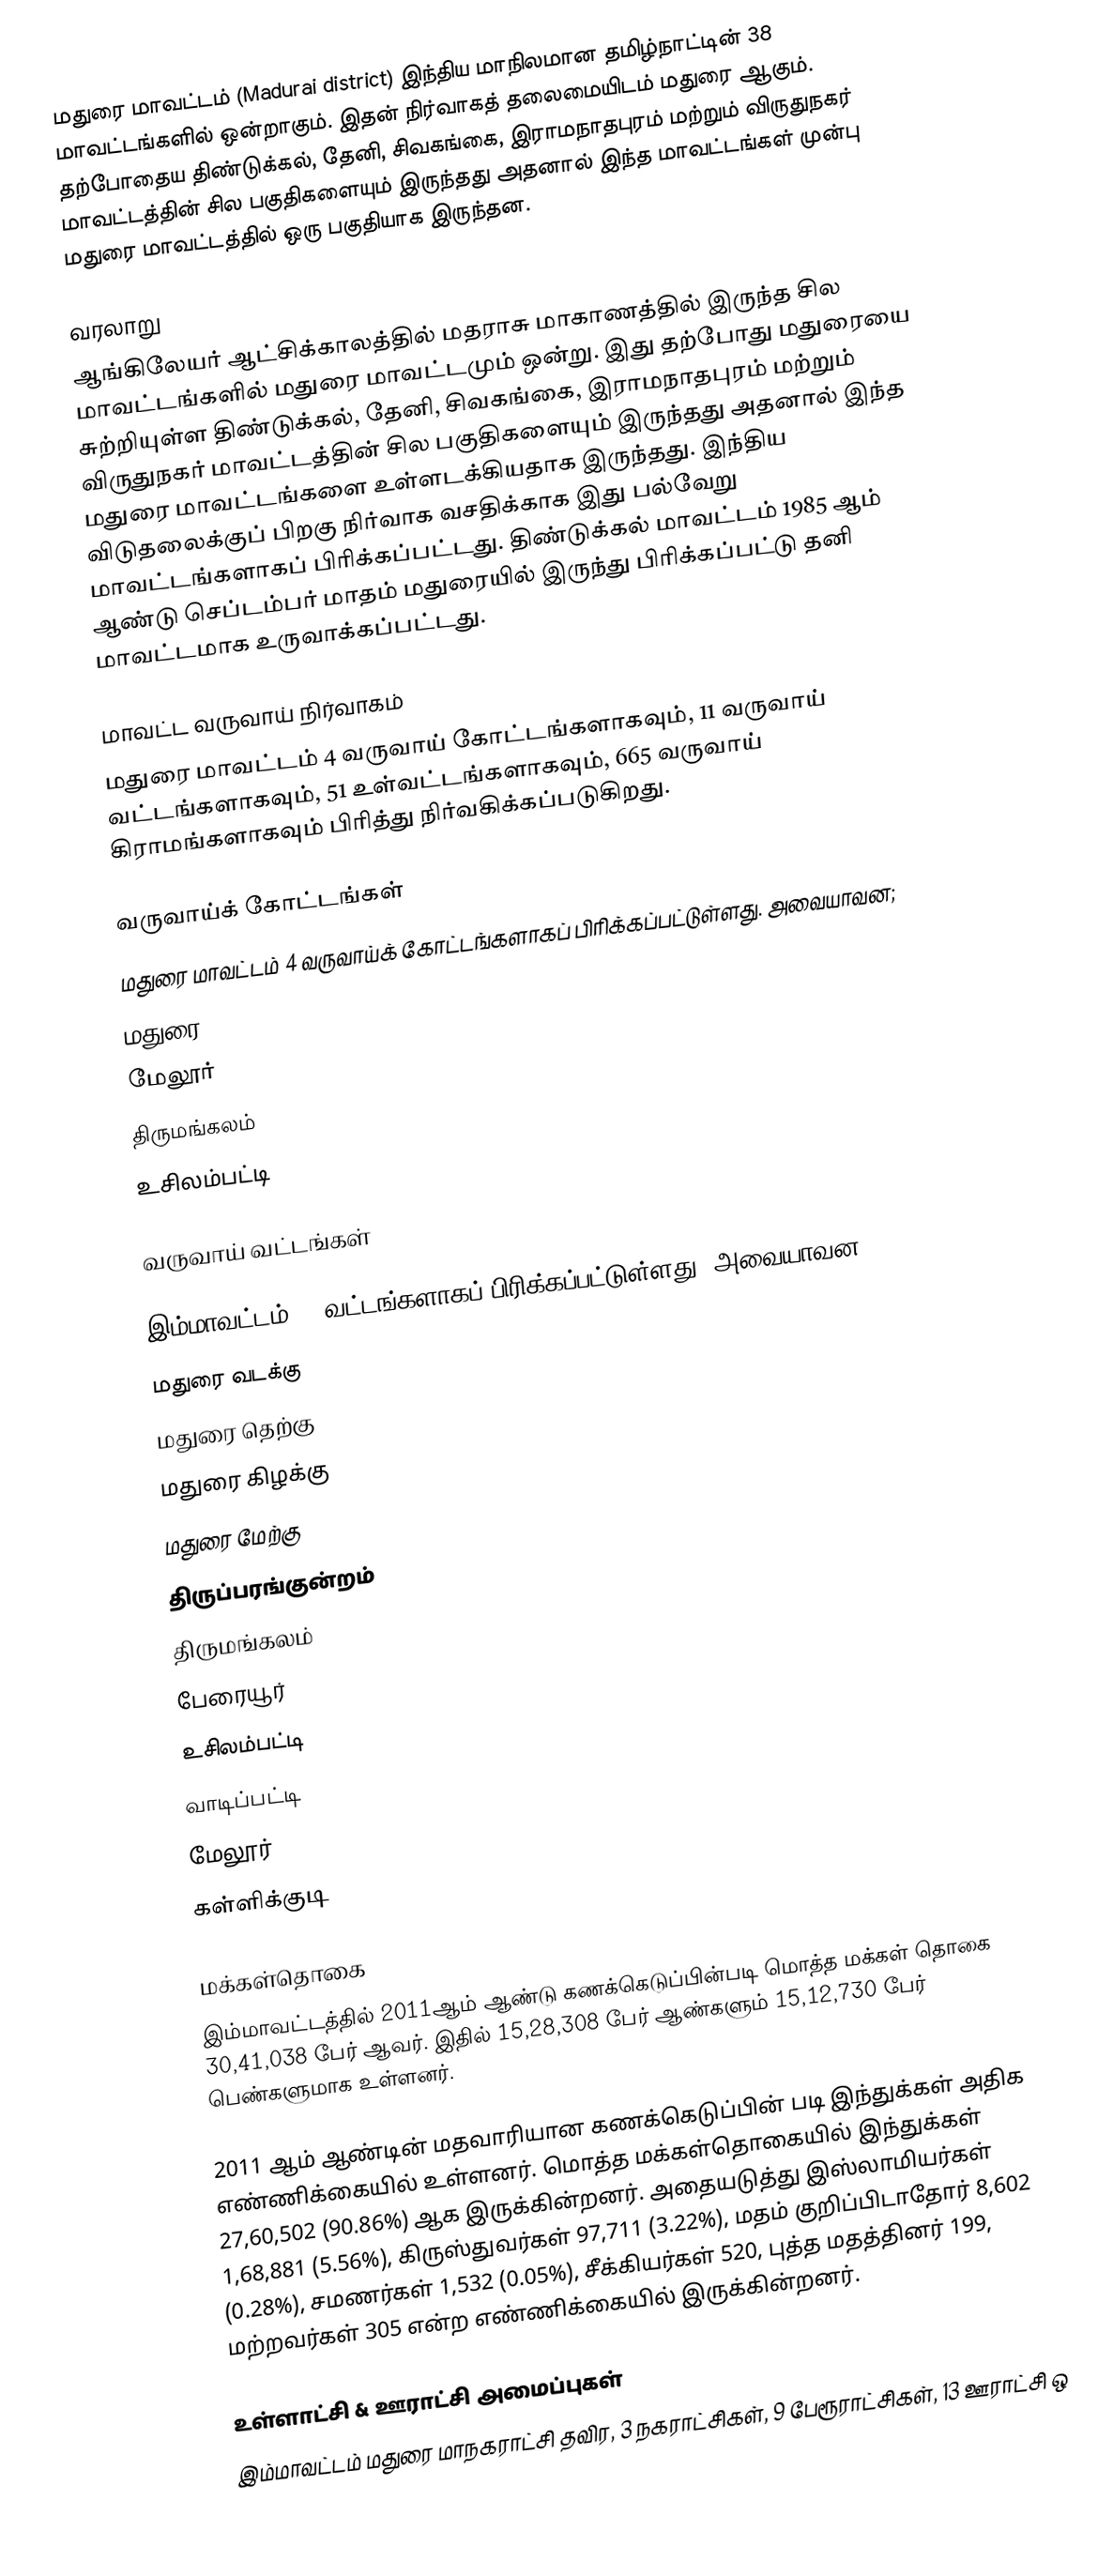
மதுரை மாவட்டம் (Madurai district) இந்திய மாநிலமான தமிழ்நாட்டின் 38 மாவட்டங்களில் ஒன்றாகும். இதன் நிர்வாகத் தலைமையிடம் மதுரை ஆகும். தற்போதைய திண்டுக்கல், தேனி, சிவகங்கை, இராமநாதபுரம் மற்றும் விருதுநகர் மாவட்டத்தின் சில பகுதிகளையும் இருந்தது அதனால் இந்த மாவட்டங்கள் முன்பு மதுரை மாவட்டத்தில் ஒரு பகுதியாக இருந்தன.

வரலாறு
ஆங்கிலேயர் ஆட்சிக்காலத்தில் மதராசு மாகாணத்தில் இருந்த சில மாவட்டங்களில் மதுரை மாவட்டமும் ஒன்று. இது தற்போது மதுரையை சுற்றியுள்ள திண்டுக்கல், தேனி, சிவகங்கை, இராமநாதபுரம் மற்றும் விருதுநகர் மாவட்டத்தின் சில பகுதிகளையும் இருந்தது அதனால் இந்த மதுரை மாவட்டங்களை உள்ளடக்கியதாக இருந்தது. இந்திய விடுதலைக்குப் பிறகு நிர்வாக வசதிக்காக இது பல்வேறு மாவட்டங்களாகப் பிரிக்கப்பட்டது. திண்டுக்கல் மாவட்டம் 1985 ஆம் ஆண்டு செப்டம்பர் மாதம் மதுரையில் இருந்து பிரிக்கப்பட்டு தனி மாவட்டமாக உருவாக்கப்பட்டது.

மாவட்ட வருவாய் நிர்வாகம்
மதுரை மாவட்டம் 4 வருவாய் கோட்டங்களாகவும், 11 வருவாய் வட்டங்களாகவும், 51 உள்வட்டங்களாகவும், 665 வருவாய் கிராமங்களாகவும் பிரித்து நிர்வகிக்கப்படுகிறது.

வருவாய்க் கோட்டங்கள்
மதுரை மாவட்டம் 4 வருவாய்க் கோட்டங்களாகப் பிரிக்கப்பட்டுள்ளது. அவையாவன;
 மதுரை
 மேலூர்
 திருமங்கலம்
 உசிலம்பட்டி

வருவாய் வட்டங்கள்

இம்மாவட்டம் 11 வட்டங்களாகப் பிரிக்கப்பட்டுள்ளது. அவையாவன
 மதுரை வடக்கு
 மதுரை தெற்கு
 மதுரை கிழக்கு
 மதுரை மேற்கு
 திருப்பரங்குன்றம்
 திருமங்கலம்
 பேரையூர்
 உசிலம்பட்டி
 வாடிப்பட்டி
 மேலூர்
 கள்ளிக்குடி

மக்கள்தொகை
இம்மாவட்டத்தில் 2011ஆம் ஆண்டு கணக்கெடுப்பின்படி மொத்த மக்கள் தொகை 30,41,038 பேர் ஆவர். இதில் 15,28,308	பேர் ஆண்களும் 15,12,730 பேர் பெண்களுமாக உள்ளனர்.

2011 ஆம் ஆண்டின் மதவாரியான கணக்கெடுப்பின் படி இந்துக்கள் அதிக எண்ணிக்கையில் உள்ளனர். மொத்த மக்கள்தொகையில் இந்துக்கள் 27,60,502 (90.86%) ஆக இருக்கின்றனர். அதையடுத்து இஸ்லாமியர்கள் 1,68,881 (5.56%), கிருஸ்துவர்கள் 97,711 (3.22%), மதம் குறிப்பிடாதோர் 8,602 (0.28%), சமணர்கள் 1,532 (0.05%), சீக்கியர்கள் 520, புத்த மதத்தினர் 199, மற்றவர்கள் 305 என்ற எண்ணிக்கையில் இருக்கின்றனர்.

உள்ளாட்சி & ஊராட்சி அமைப்புகள்
இம்மாவட்டம் மதுரை மாநகராட்சி தவிர, 3 நகராட்சிகள், 9 பேரூராட்சிகள், 13 ஊராட்சி ஒ